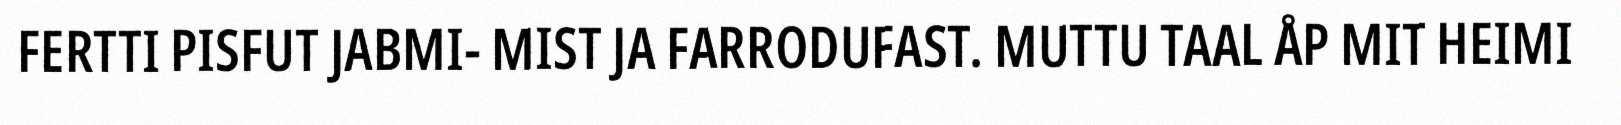
FERTTI PISFUT JABMI- MIST JA FARRODUFAST. MUTTU TAAL ÅP MIT HEIMI